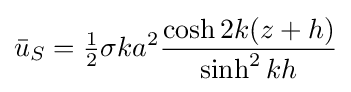
{\bar {u}}_{S}={\tfrac {1}{2}}\sigma ka^{2}{\frac {\cosh 2k(z+h)}{\sinh ^{2}kh}}